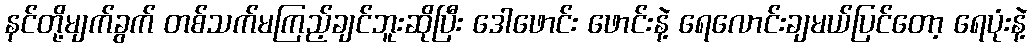
နင်တို့မျက်ခွက် တစ်သက်မကြည့်ချင်ဘူးဆိုပြီး ဒေါဖောင်း ဖောင်းနဲ့ ရေလောင်းချမယ်ပြင်တော့ ရေပုံးနဲ့